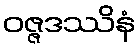
ဝဇ္ဇဒဿိနံ